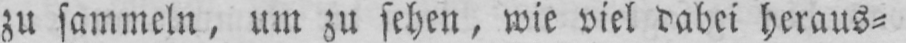
zu sammeln, um zu sehen, wie viel dabei heraus⸗